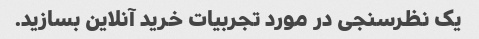
یک نظرسنجی در مورد تجربیات خرید آنلاین بسازید.